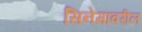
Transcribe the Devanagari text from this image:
सिनेमावरील